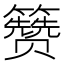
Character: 𬖃